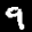
Digit: 9